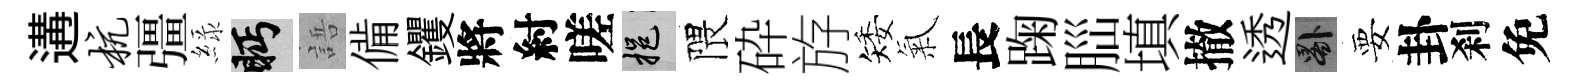
遘杭彊緑眄語備钁將紂嗟挹隈砕斿矮氣長踘𦛁填撤透晷要卦刹免